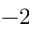
- 2